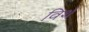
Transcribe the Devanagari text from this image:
विर्थ